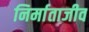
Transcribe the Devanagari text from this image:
निर्माताजीव